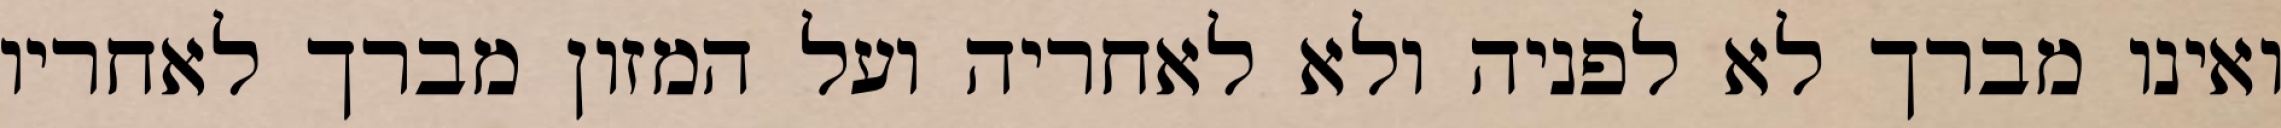
ואינו מברך לא לפניה ולא לאחריה ועל המזון מברך לאחריו